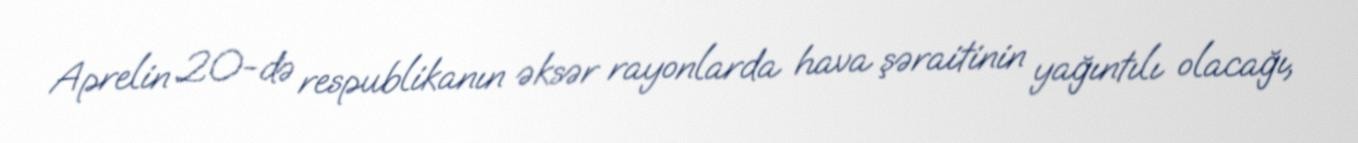
Aprelin 20-də respublikanın əksər rayonlarda hava şəraitinin yağıntılı olacağı,